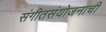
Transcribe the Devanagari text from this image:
संगीतसंयोजनाची